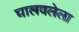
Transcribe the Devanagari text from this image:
घालवलेला